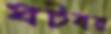
ঘটবর